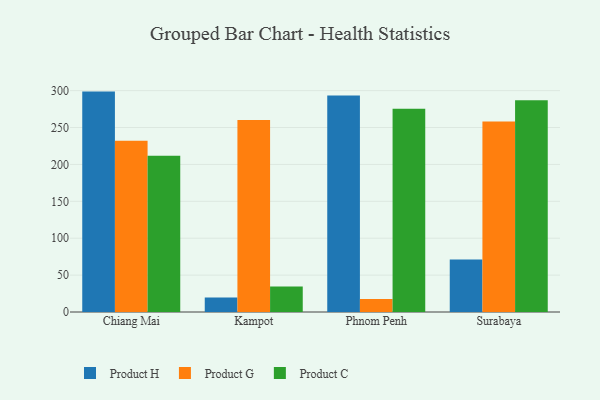
{"axis": {"x": "City", "y": "Budget (USD K)"}, "legend": ["Product C", "Product G", "Product H"], "data": [{"x": "Chiang Mai", "y": 298.7, "type": "Product H"}, {"x": "Chiang Mai", "y": 232.0, "type": "Product G"}, {"x": "Chiang Mai", "y": 211.8, "type": "Product C"}, {"x": "Kampot", "y": 19.8, "type": "Product H"}, {"x": "Kampot", "y": 260.1, "type": "Product G"}, {"x": "Kampot", "y": 34.6, "type": "Product C"}, {"x": "Phnom Penh", "y": 293.4, "type": "Product H"}, {"x": "Phnom Penh", "y": 17.6, "type": "Product G"}, {"x": "Phnom Penh", "y": 275.4, "type": "Product C"}, {"x": "Surabaya", "y": 71.0, "type": "Product H"}, {"x": "Surabaya", "y": 258.2, "type": "Product G"}, {"x": "Surabaya", "y": 287.1, "type": "Product C"}]}